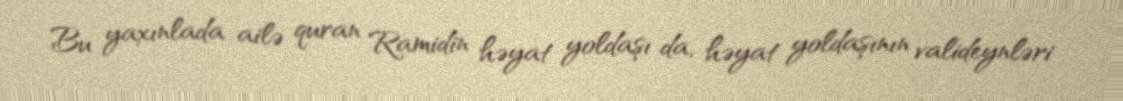
Bu yaxınlada ailə quran Ramidin həyat yoldaşı da, həyat yoldaşının valideynləri